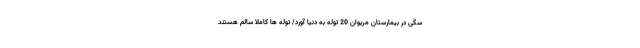
سگی در بیمارستان مریوان 20 توله به دنیا آورد/ توله ها کاملا سالم هستند